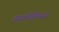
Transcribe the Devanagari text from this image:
आत्मचिकित्सा